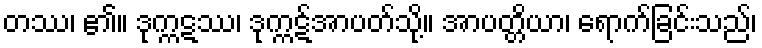
တဿ၊ ၏။ ဒုက္ကဋဿ၊ ဒုက္ကဋ်အာပတ်သို့။ အာပတ္တိယာ၊ ရောက်ခြင်းသည်၊